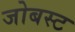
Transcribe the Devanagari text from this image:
जोबस्ट